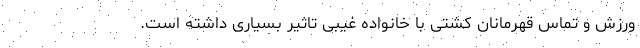
ورزش و تماس قهرمانان کشتی با خانواده غیبی تاثیر بسیاری داشته است.